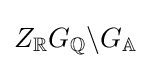
Z_{\mathbb {R} }G_{\mathbb {Q} }\backslash G_{\mathbb {A} }